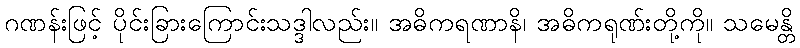
ဂဏန်းဖြင့် ပိုင်းခြားကြောင်းသဒ္ဒါလည်း။ အဓိကရဏာနိ၊ အဓိကရုဏ်းတို့ကို။ သမေန္တိ